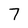
Character: 7